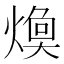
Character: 𱬈